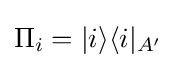
\Pi _{i}=|i\rangle \langle i|_{A'}